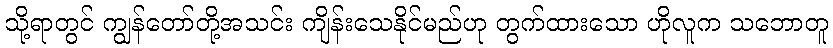
သို့ရာတွင် ကျွန်တော်တို့အသင်း ကျိန်းသေနိုင်မည်ဟု တွက်ထားသော ဟိုလူက သဘောတူ